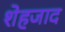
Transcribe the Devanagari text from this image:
शेहजाद